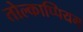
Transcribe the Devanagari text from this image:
तोल्काप्पियम्